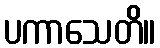
ပကာသေတိ။